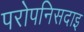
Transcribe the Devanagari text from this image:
परोपनिसदाइ